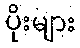
ပိုးများ